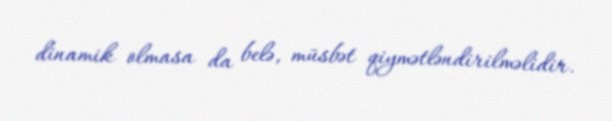
dinamik olmasa da belə, müsbət qiymətləndirilməlidir.